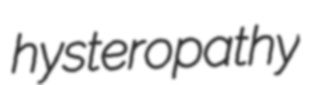
hysteropathy